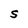
Character: S